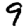
Digit: 9